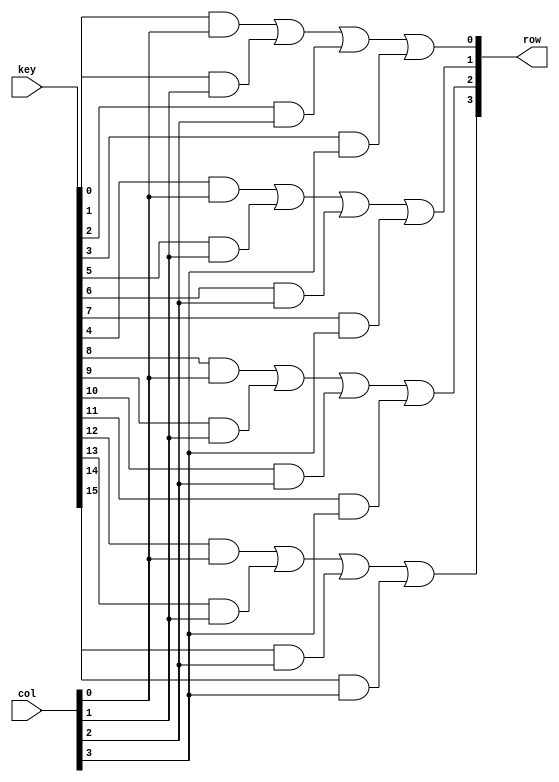
`timescale 1ns / 1ps
//////////////////////////////////////////////////////////////////////////////////
// Company: 
// Engineer: 
// 
// Design Name: 
// Module Name:    Row_signal 
// Project Name: 
// Target Devices: 
// Tool versions: 
// Description: 
//
// Dependencies: 
//
// Revision: 
// Revision 0.01 - File Created
// Additional Comments: 
//
//////////////////////////////////////////////////////////////////////////////////
module Row_signal(
    input [15:0]key,
    input [3:0]col,
    output reg [3:0]row
    );
	 
	 always @(key or col)begin
	 row[0]= key[0]&&col[0]||key[1]&&col[1]||key[2]&&col[2]||key[3]&&col[3];
	 row[1]= key[4]&&col[0]||key[5]&&col[1]||key[6]&&col[2]||key[7]&&col[3];
	 row[2]= key[8]&&col[0]||key[9]&&col[1]||key[10]&&col[2]||key[11]&&col[3];
	 row[3]= key[12]&&col[0]||key[13]&&col[1]||key[14]&&col[2]||key[15]&&col[3];
    end

endmodule